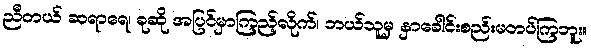
ညီတယ် ဆရာရေ၊ ခုဆို အပြင်မှာကြည့်လိုက်၊ ဘယ်သူမှ နှာခေါင်းစည်းမတပ်ကြဘူး။